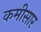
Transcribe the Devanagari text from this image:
कमीसार